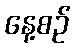
နေ့စဉ်